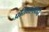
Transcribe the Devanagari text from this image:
प्रतिभानवादी